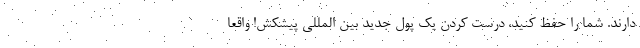
دارند. شما را حفظ کنید، درست کردن یک پول جدید بین المللی پیشکش! واقعاً